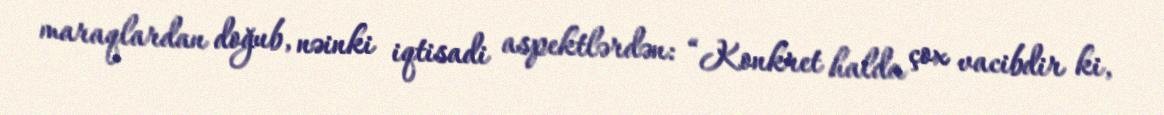
maraqlardan doğub, nəinki iqtisadi aspektlərdən: “Konkret halda çox vacibdir ki,